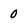
Character: 0